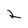
Character: 2